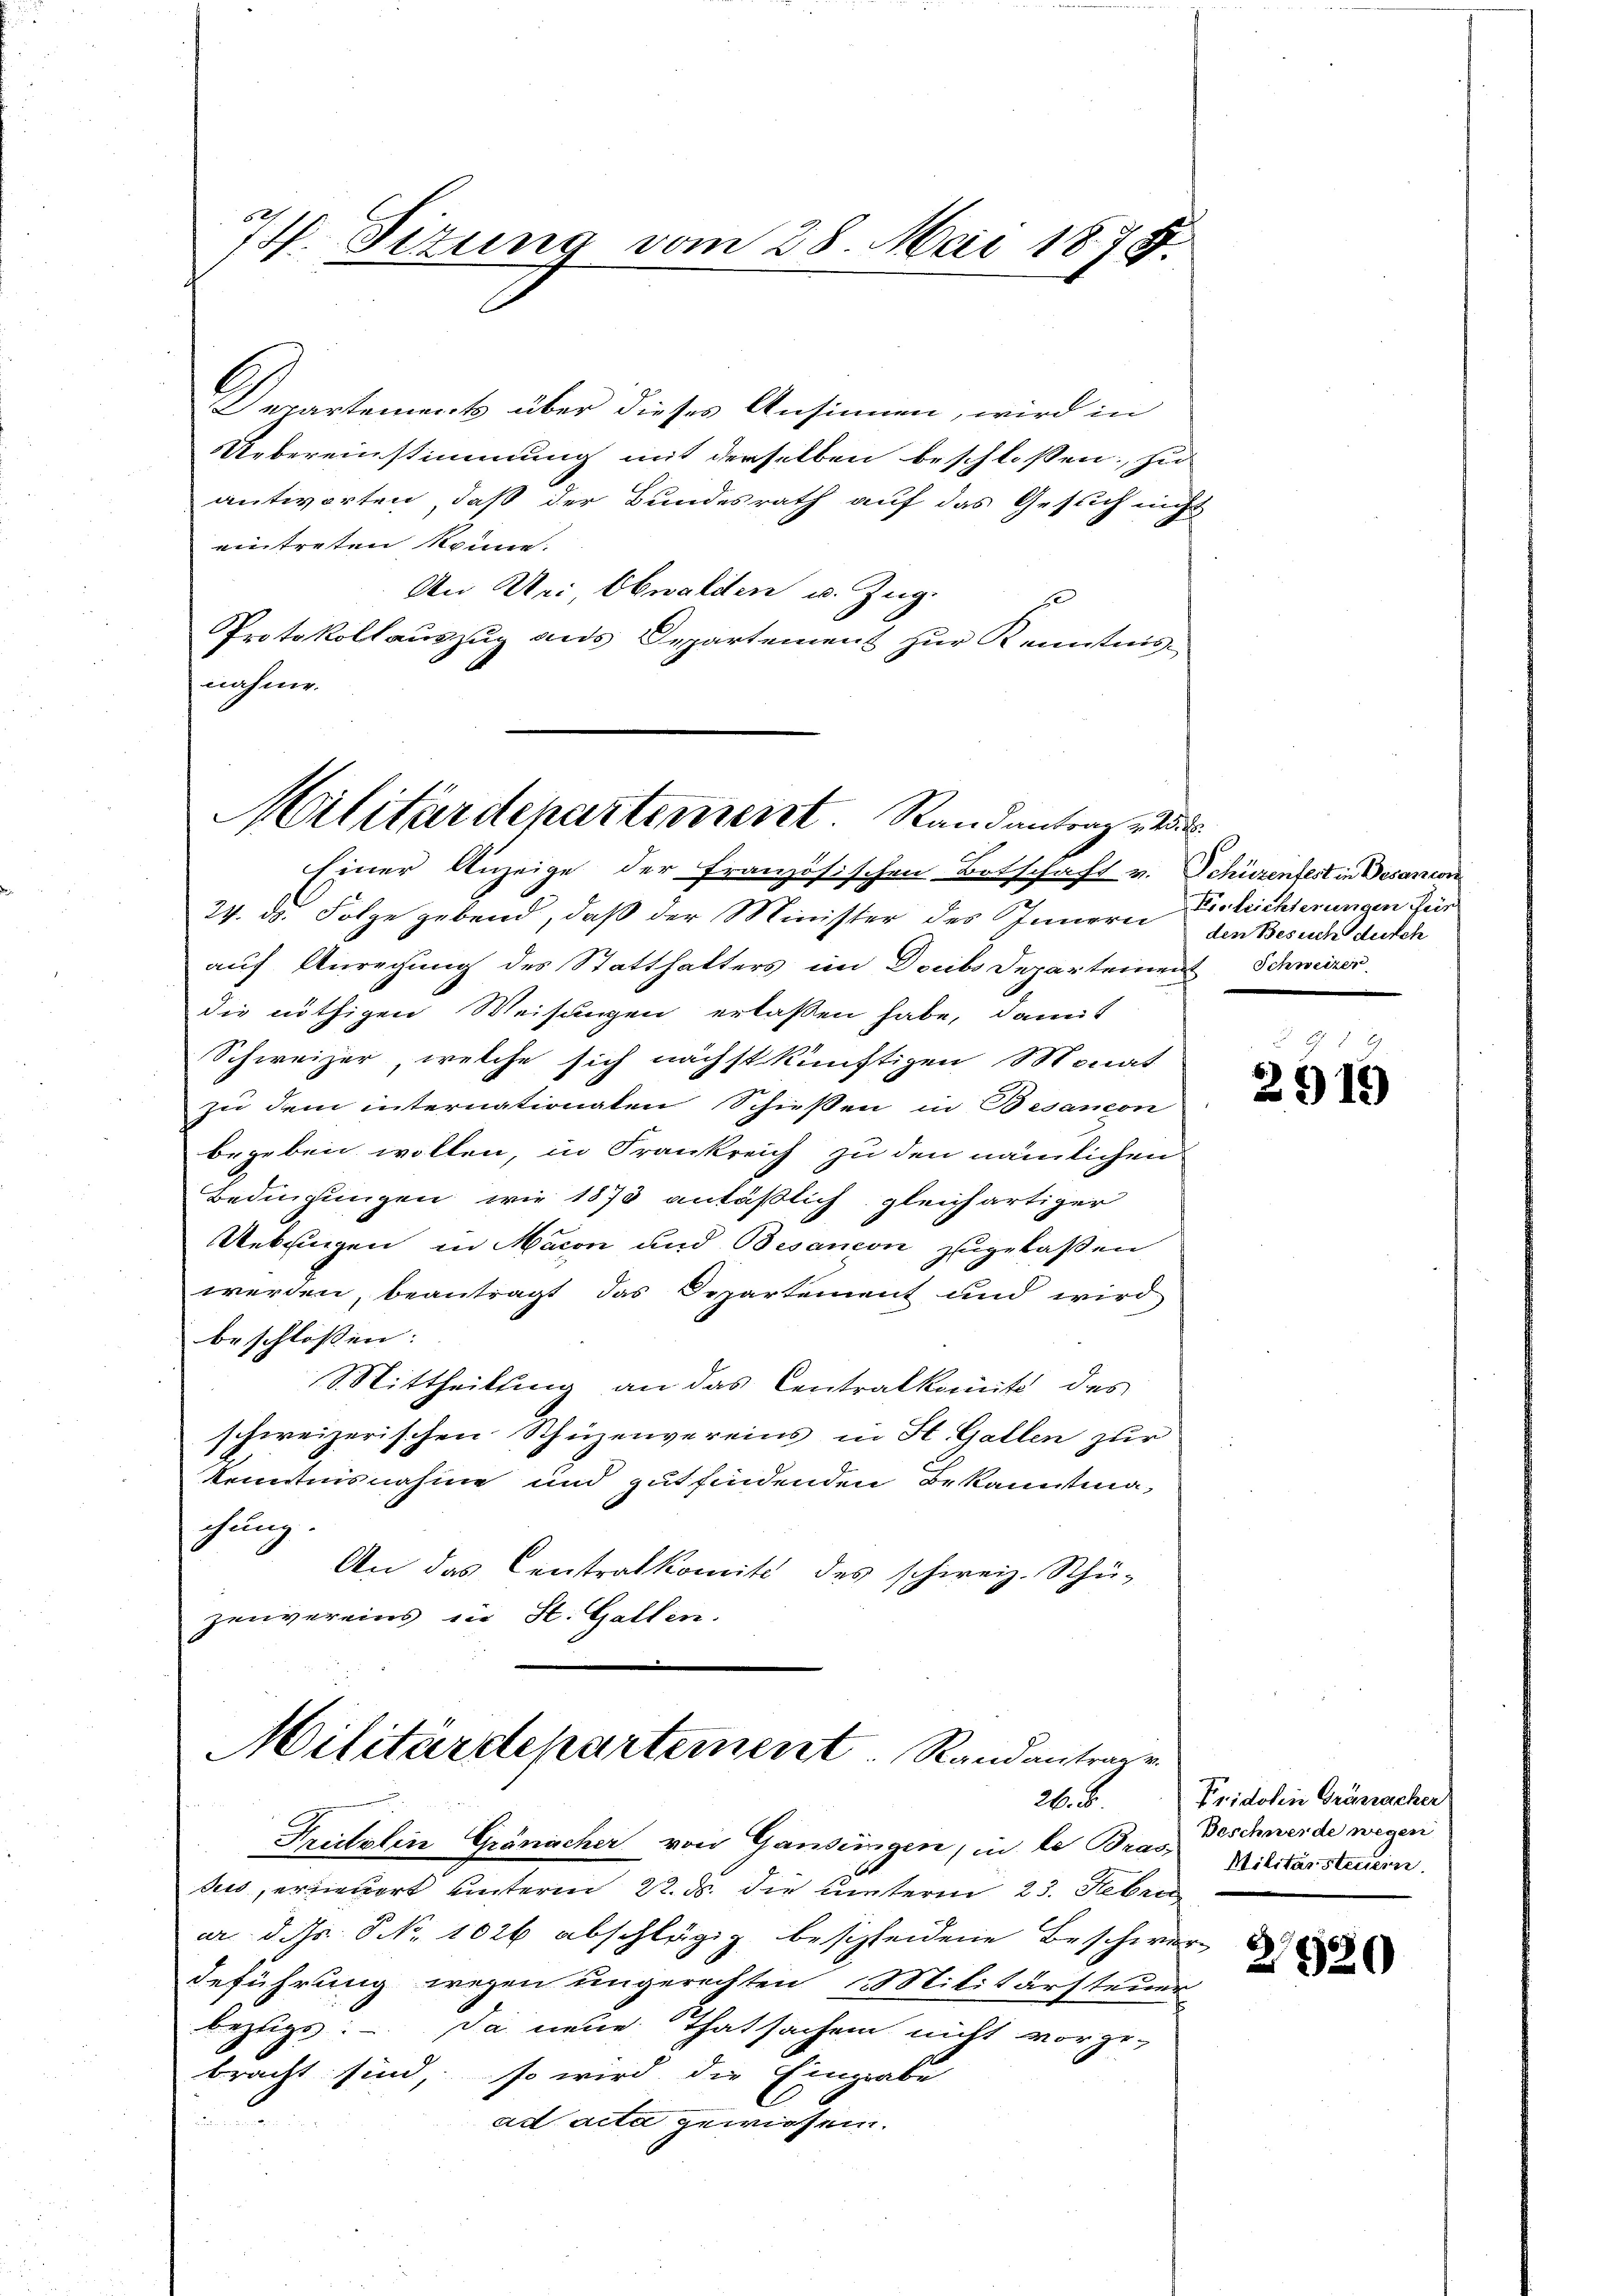
2.
4. Sizung vom 28. Mai 1878.

Departement über dieses Ansinnen, wird in
Uebereinstimmung mit derselben beschlossen; zu
antworten, daß der Bundesrath auf das Gesuch nicht
eintreten könne.
An Dei Obwalden u. Zug.
Protokollauszug aus Departement zur Kenntnisnahme.

Militärdepartement. Randantrag di

Militärdepartement. Randantragen
2.8.

Einer Anzeige der Französischen Botschaft v. Schüzenfest in Decanon
24. ds. Folge gebend, daß der Minister des Innern Verleichterungen Fier
auf Anregung des Statthalters im Doubs Departement Schweizer
die nöthigen Weisungen erlassen habe, damit
Schweizer, welche sich nächstkünftigen Monat
zu dem internationaten Schießen in Besaneon
begeben wollen, in Frankreich zu den nämlichen
Bedingungen wie 1873 anläßlich gleichartiger
Uebrigen in Macon und Besancon zugelaßen
werden, beantragt das Departement und wird
beschlossen:
Mittheilung an das Centralkomit des
schweizerischen Schüzenvereins in St. Gallen zur
kenntnisnahme und gutfindenden Bekanntmachung
An das Centralkomité des schweiz. Schü-
zenvereins in St. Gallen.

Freitslin Gränicher von Gandungen, in le Bras Militärsteuern.
des, erwort unterm 22. ds. die unterm 23. Febru
er. d. ds. S. Nr. 1026 abschlägig bescheidene Beschwer
deführung wegen ungerechten Militärsteuer
bezugs. – Da neue Thatsachen nicht vorge-
bracht sind, so wird die Eingabe
e
ad acta gewiesen.

den Besuch durch

2919

Fridolin Gränacker
Beschwerde wegen

2520